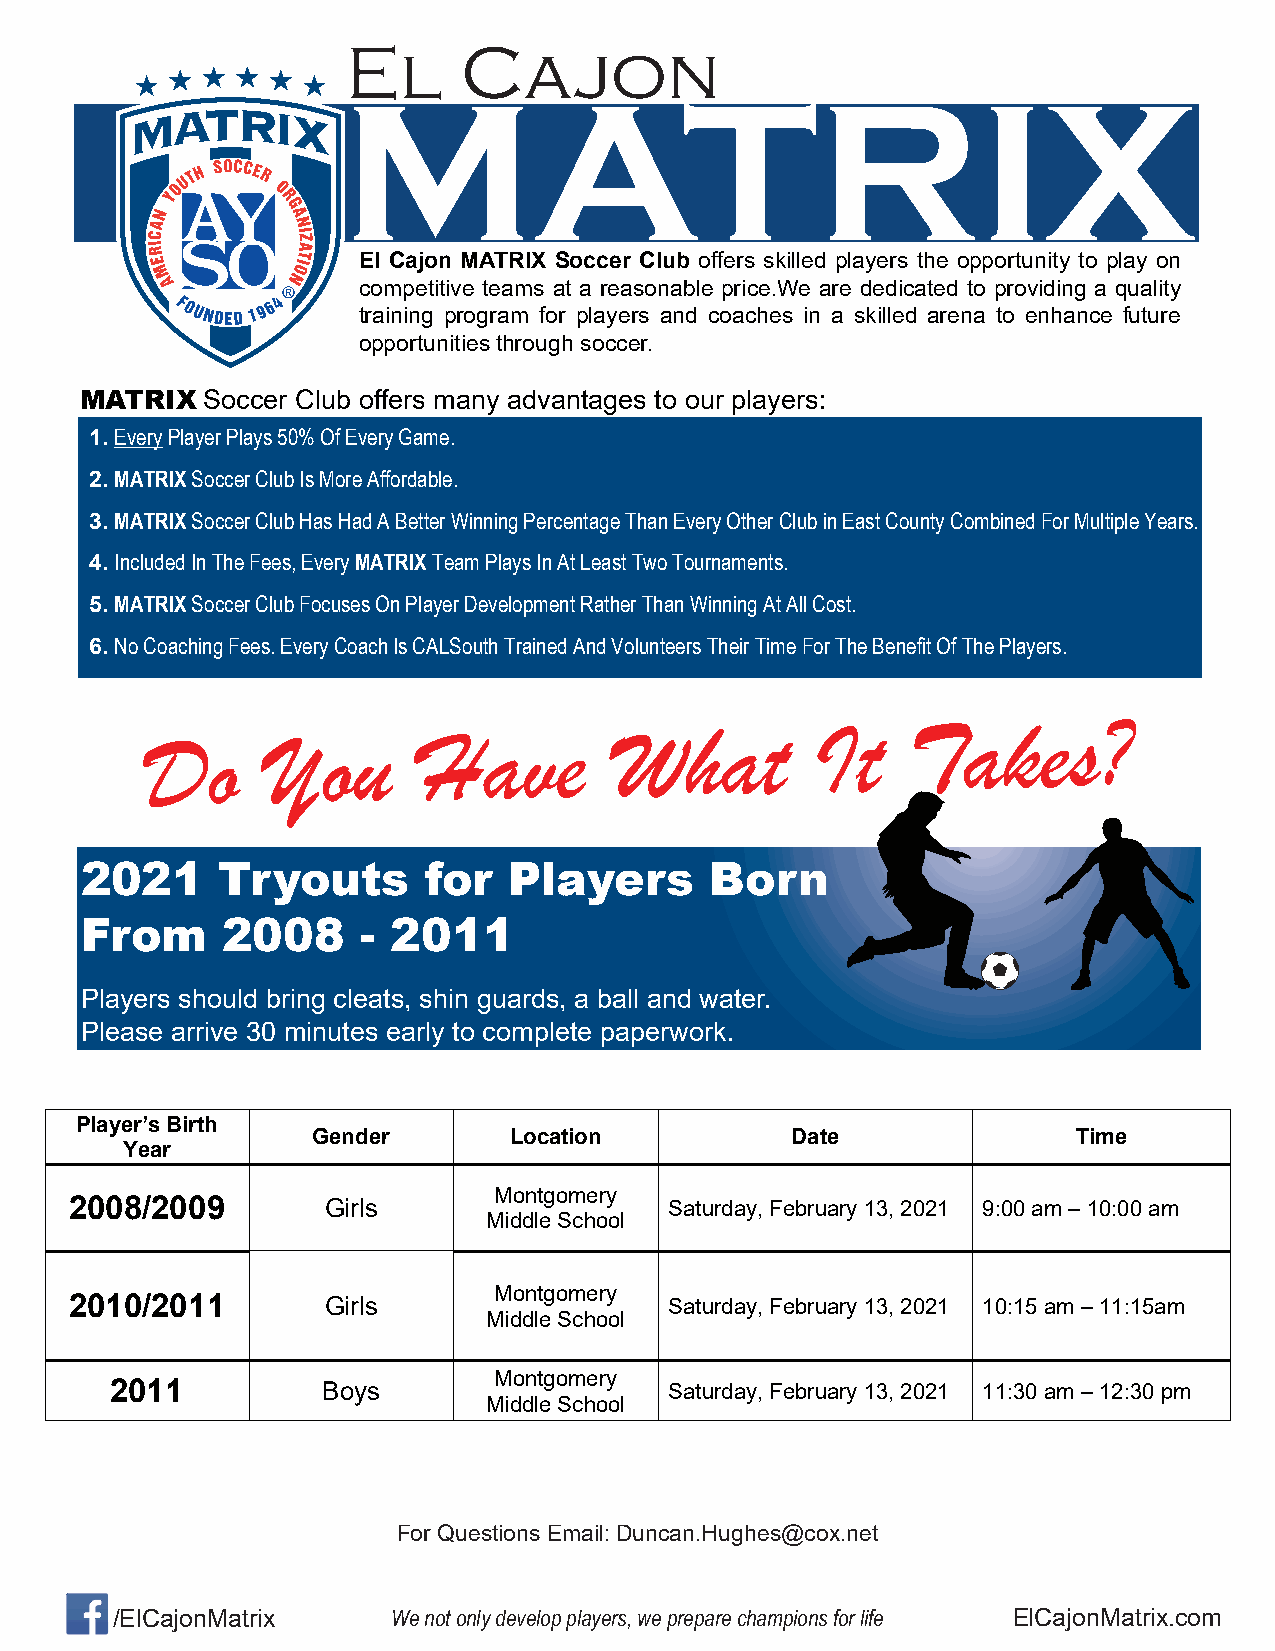
El      Cajon
 MATRIX
 El Cajon MATRIX Soccer Club offers skilled players the opportunity to play on
 competitive teams at a reasonable price.We are dedicated to providing a quality
 training program for players and coaches in a skilled arena to enhance future
 opportunities through soccer.
 MATRIX   Soccer Club offers many advantages to our players:
 1. Every Player Plays 50% Of Every Game.
 2. MATRIX Soccer Club Is More Affordable.
 3. MATRIX Soccer Club Has Had A Better Winning Percentage Than Every Other Club in East County Combined For Multiple Years.
 4. Included In The Fees, Every MATRIX Team Plays In At Least Two Tournaments.
 5. MATRIX Soccer Club Focuses On Player Development Rather Than Winning At All Cost.
 6. No Coaching Fees. Every Coach Is CALSouth Trained And Volunteers Their Time For The Benefit Of The Players.
 Do      You       Have         What         It    Takes?
 2021     Tryouts       for   Players      Born
 From      2008     - 2011
 Players should bring cleats, shin guards, a ball and water.
 Please arrive 30 minutes early to complete paperwork.
 Player’s Birth
 Gender       Location          Date               Time
 Year
 Montgomery
 2008/2009       Girls                  Saturday, February 13, 2021 9:00 am – 10:00 am
 Middle School
 Montgomery
 2010/2011       Girls                  Saturday, February 13, 2021 10:15 am – 11:15am
 Middle School
 Montgomery
 2011          Boys                   Saturday, February 13, 2021 11:30 am – 12:30 pm
 Middle School
 For Questions Email: Duncan.Hughes@cox.net
 /ElCajonMatrix    We not only develop players, we prepare champions for life ElCajonMatrix.com